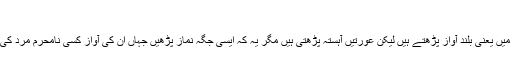
رکعتیں
نماز صبح طلوع فجرسے طلوع آفتاب تک ۲ مردحضرات جَہر(بلند آواز) کی صورت میں یعنی بلند آواز پڑھتے ہیں لیکن عورتیں آہستہ پڑھتی ہیں مگر یہ کہ ایسی جگہ نماز پڑھیں جہاں ان کی آواز کسی نامحرم مرد کی کانوں تک نہ پہنچے اس صورت میں عورتیں بھی بلند آواز سے نماز پڑھ سکتی ہیں۔